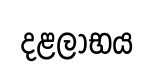
දළලාභය